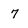
Character: 7